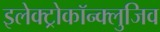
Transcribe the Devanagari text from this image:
इलेक्ट्रोकॉन्क्लुजिव